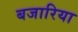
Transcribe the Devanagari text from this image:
बजारिया